Problem: 44 + 3 = ?
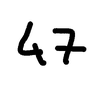
Handwritten answer: 47